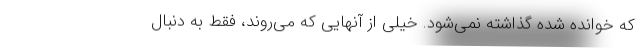
که خوانده شده گذاشته نمی‌شود. خیلی از آنهایی که می‌روند، فقط به دنبال